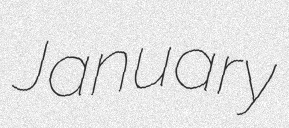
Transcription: January